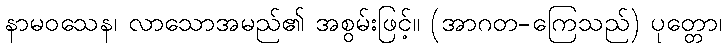
နာမဝသေန၊ လာသောအမည်၏ အစွမ်းဖြင့်။ (အာဂတ-ကြေသည်) ပုတ္တော၊